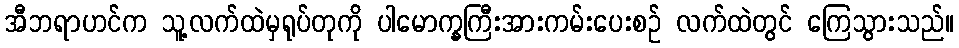
အီဘရာဟင်က သူ့လက်ထဲမှရုပ်တုကို ပါမောက္ခကြီးအားကမ်းပေးစဉ် လက်ထဲတွင် ကြေသွားသည်။